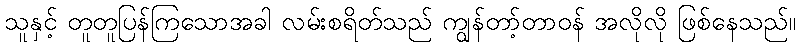
သူနှင့် တူတူပြန်ကြသောအခါ လမ်းစရိတ်သည် ကျွန်တာ့်တာဝန် အလိုလို ဖြစ်နေသည်။